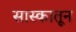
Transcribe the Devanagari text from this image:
सास्कातून